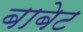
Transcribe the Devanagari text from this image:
बाबेट